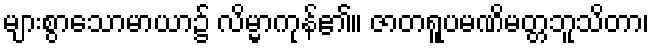
များစွာသောမာယာ၌ လိမ္မာကုန်၏။ ဇာတရူပမဏိမတ္တဘူသိတာ၊